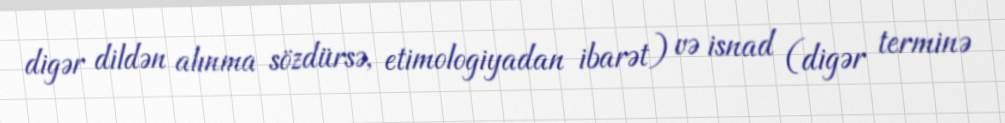
digər dildən alınma sözdürsə, etimologiyadan ibarət) və isnad (digər terminə